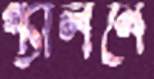
গ্যালনে